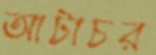
আটাচর